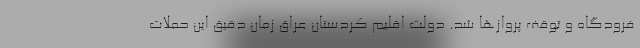
فرودگاه و توقف پروازها شد. دولت اقلیم کردستان عراق زمان دقیق این حملات